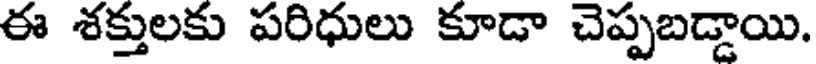
ఈ శక్తులకు పరిధులు కూడా చెప్పబడ్డాయి.